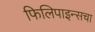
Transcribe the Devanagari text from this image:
फिलिपाइन्सचा